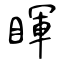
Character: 睴